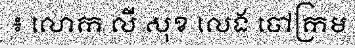
៖ លោក លី សុខ លេង ចៅក្រម